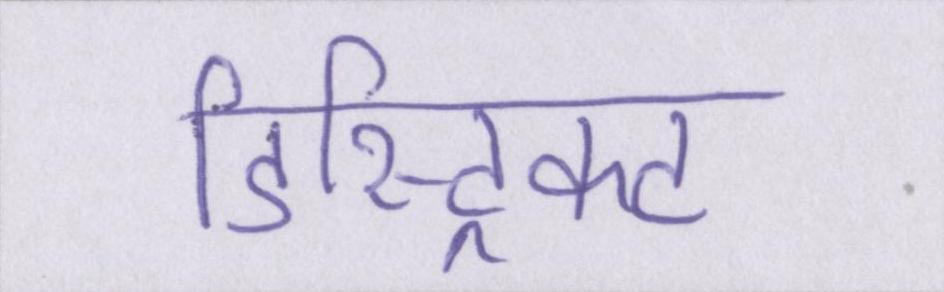
डिस्ट्रिक्ट